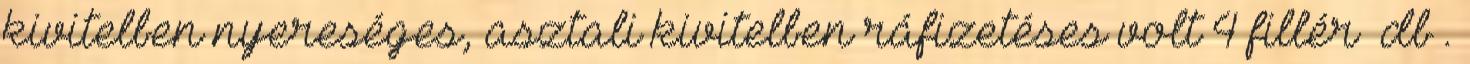
kivitelben nyereséges, asztali kivitelben ráfizetéses volt 4 fillér db .